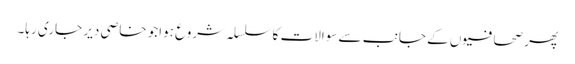
پھر صحافیوں کے جانب سے سوالات کا سلسلہ شروع ہواجو خاصی دیر جاری رہا۔